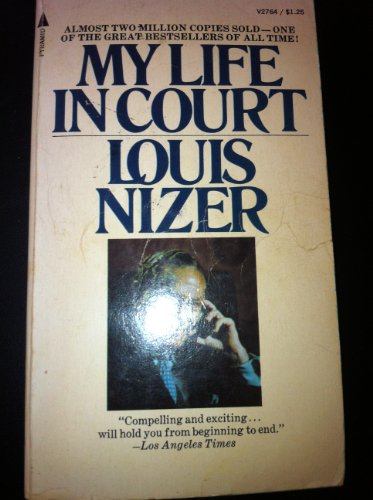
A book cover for My Life In Court; louis Nizer; Law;